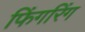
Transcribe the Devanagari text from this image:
फिंगरिंग